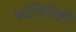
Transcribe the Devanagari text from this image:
छडीयोंकी